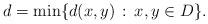
LaTeX: \begin{align*}d=\min\{d(x,y)\,:\,x,y\in D\}.\end{align*}